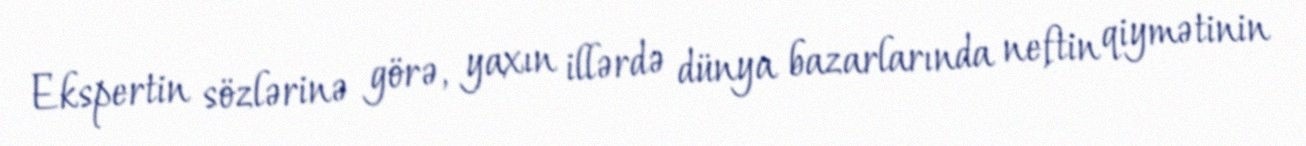
Ekspertin sözlərinə görə, yaxın illərdə dünya bazarlarında neftin qiymətinin